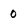
Character: 0